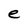
Character: e